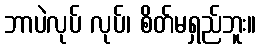
ဘာပဲလုပ် လုပ်၊ စိတ်မရှည်ဘူး။